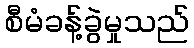
စီမံခန့်ခွဲမှုသည်